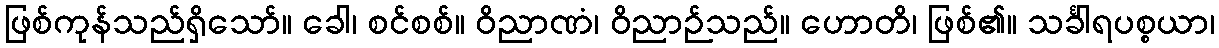
ဖြစ်ကုန်သည်ရှိသော်။ ခေါ၊ စင်စစ်။ ဝိညာဏံ၊ ဝိညာဉ်သည်။ ဟောတိ၊ ဖြစ်၏။ သင်္ခါရပစ္စယာ၊